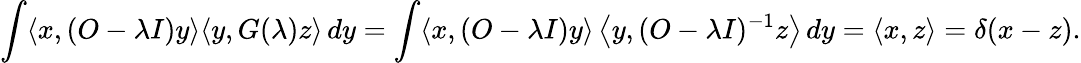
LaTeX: \int\langle x,(O-\lambda I)y\rangle\langle y,G(\lambda)z\rangle\, dy=\int\langle x,(O-\lambda I)y\rangle\left\langle y,(O-\lambda I)^{-1}z\right\rangle\, dy=\langle x,z\rangle=\delta(x-z).